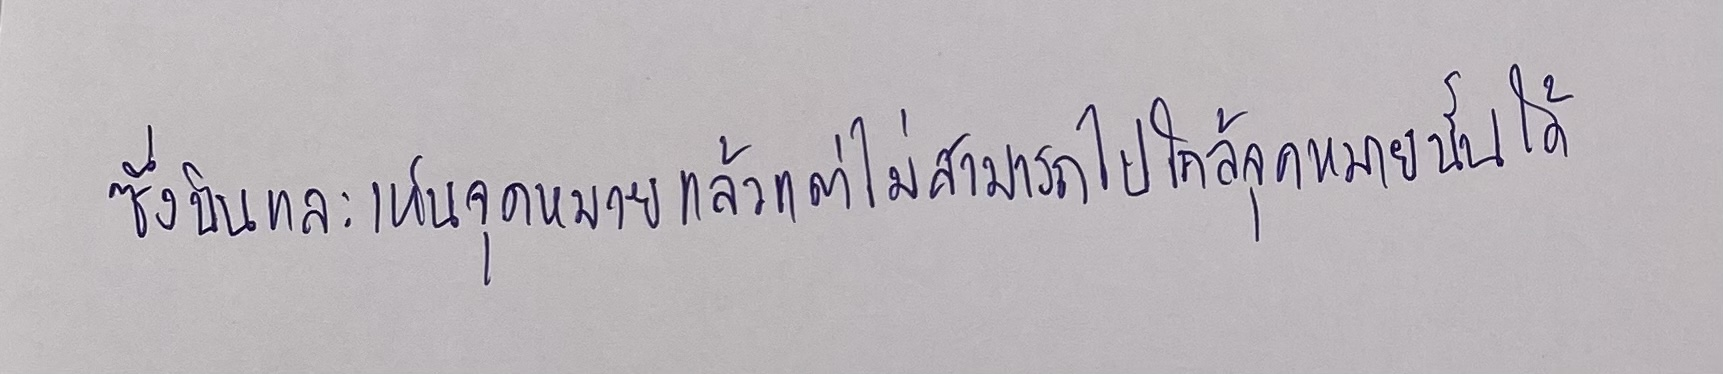
ซึ่งบินและเห็นจุดหมายอยู่แล้วแต่ไม่สามารถไปใกล้จุดหมายนั้นได้